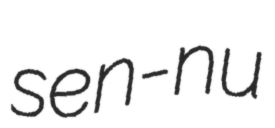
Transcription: sen-nu